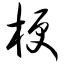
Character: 梗